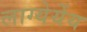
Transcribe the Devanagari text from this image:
लाग्येर्येय